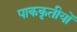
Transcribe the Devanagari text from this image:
पाककृतीयों